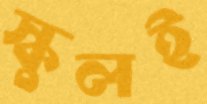
স্কুলই